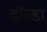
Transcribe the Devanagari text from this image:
ट्वॉन्डा